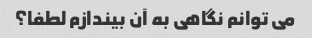
می توانم نگاهی به آن بیندازم لطفا؟